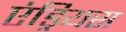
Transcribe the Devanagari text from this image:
एंड्रियस